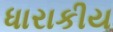
ધારાકીય